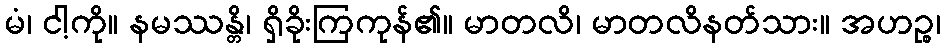
မံ၊ ငါ့ကို။ နမဿန္တိ၊ ရှိခိုးကြကုန်၏။ မာတလိ၊ မာတလိနတ်သား။ အဟဉ္စ၊